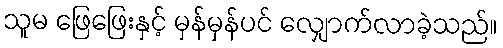
သူမ ဖြေဖြေးနှင့် မှန်မှန်ပင် လျှောက်လာခဲ့သည်။